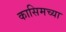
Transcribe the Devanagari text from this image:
कासिमच्या